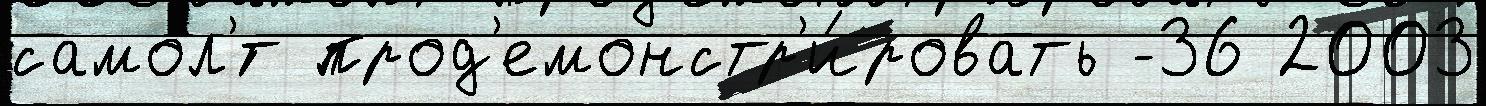
самол'́т прод'емонстр'и́ровать -36 2003